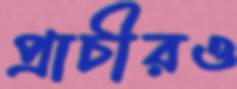
প্রাচীরও